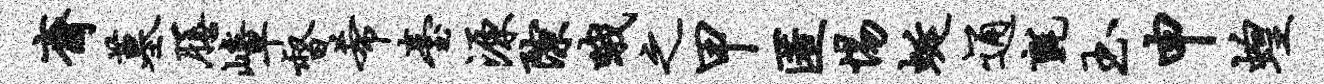
斋墓膳嶂督希台源隙哦之甲匿惕蜒通毡玉申蝗